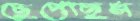
ছেপেছিস